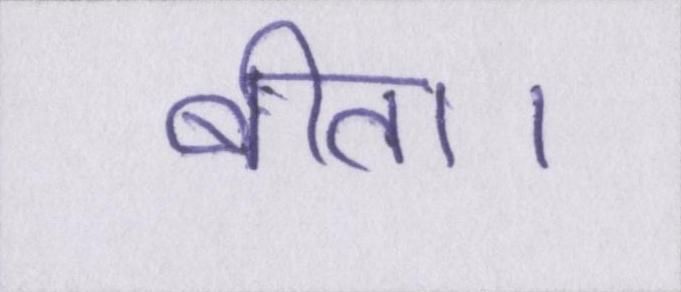
बीता।